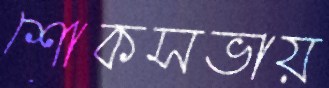
শোকসভায়